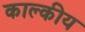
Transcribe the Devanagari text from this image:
काल्कीय